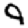
Digit: 9